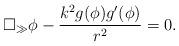
LaTeX: \begin{align*} \square_\gg \phi - \frac{k^2 g(\phi)g'(\phi)}{r^2} = 0. \end{align*}